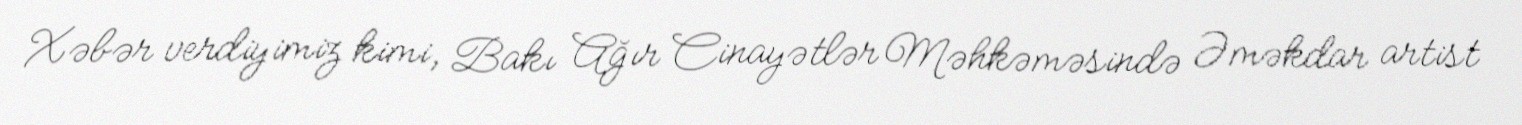
Xəbər verdiyimiz kimi, Bakı Ağır Cinayətlər Məhkəməsində Əməkdar artist